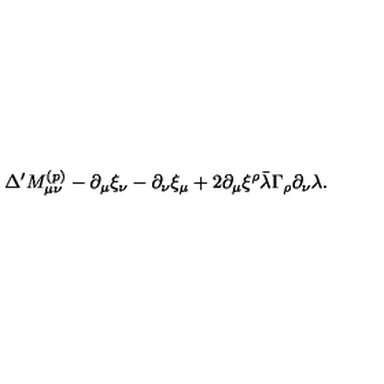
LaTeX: \Delta ^ { \prime } M _ { \mu \nu } ^ { ( p ) } - \partial _ { \mu } \xi _ { \nu } - \partial _ { \nu } \xi _ { \mu } + 2 \partial _ { \mu } \xi ^ { \rho } \bar { \lambda } \Gamma _ { \rho } \partial _ { \nu } \lambda .